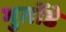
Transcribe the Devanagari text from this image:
भुतोंडे